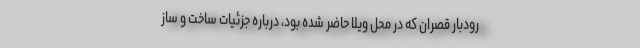
رودبار قصران که در محل ویلا حاضر شده بود، درباره جزئیات ساخت و ساز